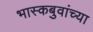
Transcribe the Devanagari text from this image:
भास्कबुवांच्या